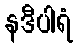
နဒီပါရံ